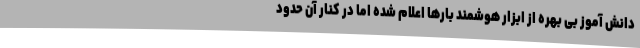
دانش آموز بی بهره از ابزار هوشمند بارها اعلام شده اما در کنار آن حدود